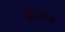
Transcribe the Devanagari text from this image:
हृद्जन्‍य